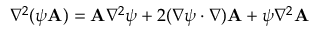
\nabla ^ { 2 } ( \psi \mathbf { A } ) = \mathbf { A } \nabla ^ { 2 } \psi + 2 ( \nabla \psi \cdot \nabla ) \mathbf { A } + \psi \nabla ^ { 2 } \mathbf { A }